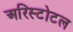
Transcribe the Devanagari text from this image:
अरिस्टोटल